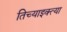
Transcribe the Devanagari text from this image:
तिच्याइक्त्या